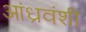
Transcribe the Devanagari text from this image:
आंध्रवंशी